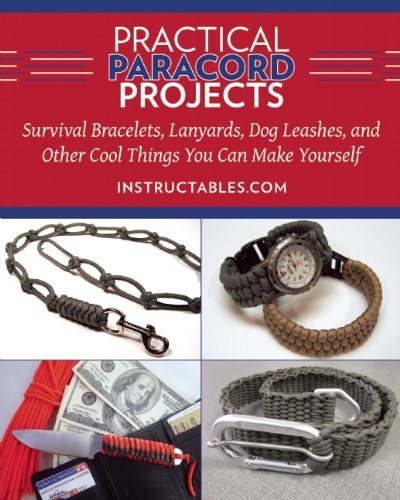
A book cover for Practical Paracord Projects: Survival Bracelets, Lanyards, Dog Leashes, and Other Cool Things You Can Make Yourself; Instructables.com; Crafts, Hobbies & Home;